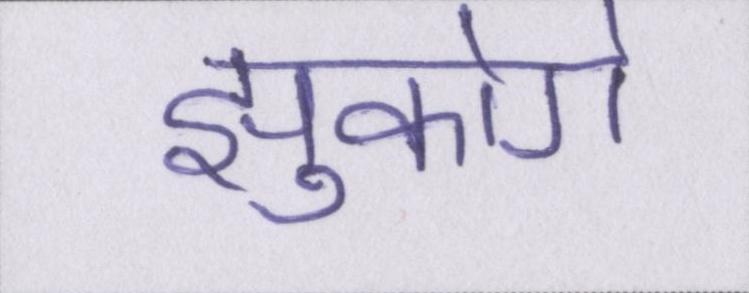
झुकोगे